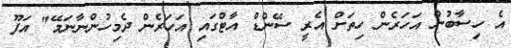
އެ ހިސާބުން އަހަރެން ހިތަށް އެރީ ސޭންޑް އާޓްގައި އަހަރެން ދެމިހުންނާނަމޭ" އަފޫ